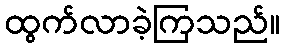
ထွက်လာခဲ့ကြသည်။